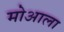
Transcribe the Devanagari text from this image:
मोआला